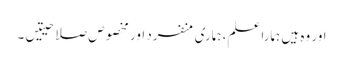
اور وہ ہیں ہمارا علم، ہماری منفرد اور مخصوص صلاحیتیں۔